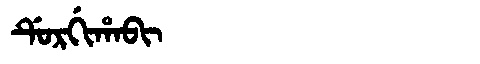
Manchu: ᡩᡠᡵᡤᡳᡥᠠᠪᡳ
Romanization: DURGIHABI